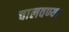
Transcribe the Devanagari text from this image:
चालवण्या